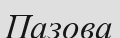
Пазова